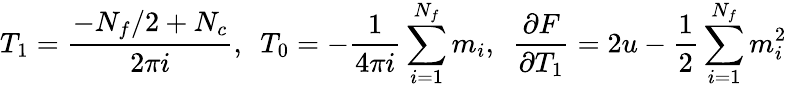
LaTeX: T_{1}=\frac{-N_{f}/2+N_{c}}{2\pi i},\ \ T_{0}=-\frac{1}{4\pi i}\sum_{i=1}^{N_{f}}m_{i},\ \ \frac{\partial F}{\partial T_{1}}=2u-\frac{1}{2}\sum_{i=1}^{N_{f}}m_{i}^{2}